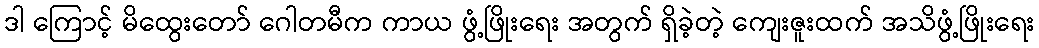
ဒါ ကြောင့် မိထွေးတော် ဂေါတမီက ကာယ ဖွံ့ဖြိုးရေး အတွက် ရှိခဲ့တဲ့ ကျေးဇူးထက် အသိဖွံ့ဖြိုးရေး